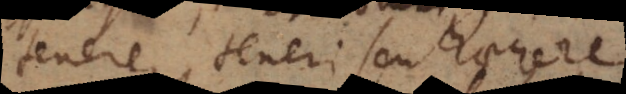
tenere, teneri seu haerere.